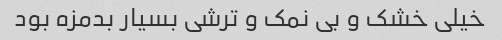
خیلی خشک و بی نمک و ترشی بسیار بدمزه بود